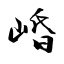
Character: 崏